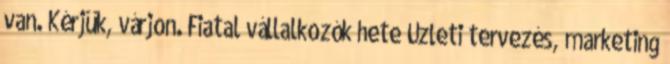
van. Kérjük, várjon. Fiatal vállalkozók hete Üzleti tervezés, marketing